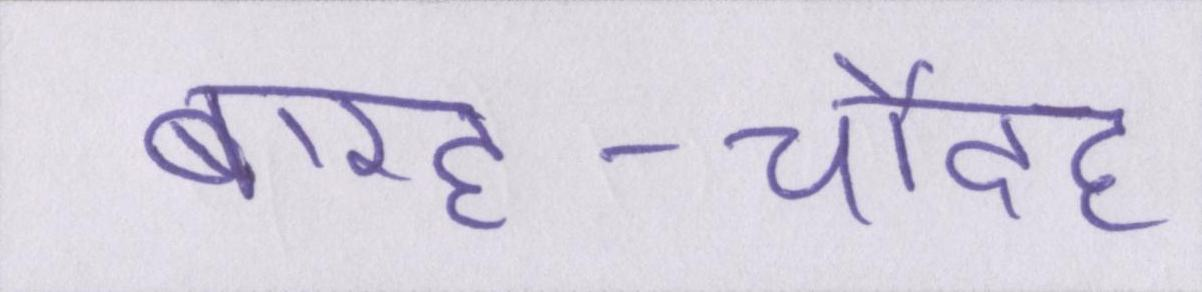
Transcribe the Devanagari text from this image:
बारह-चौदह